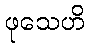
ဖုသေဟိ